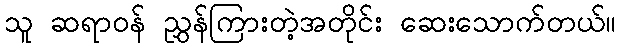
သူ ဆရာဝန် ညွှန်ကြားတဲ့အတိုင်း ဆေးသောက်တယ်။